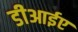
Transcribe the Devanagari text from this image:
डीआईए